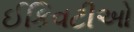
ઈકિવટીઓ